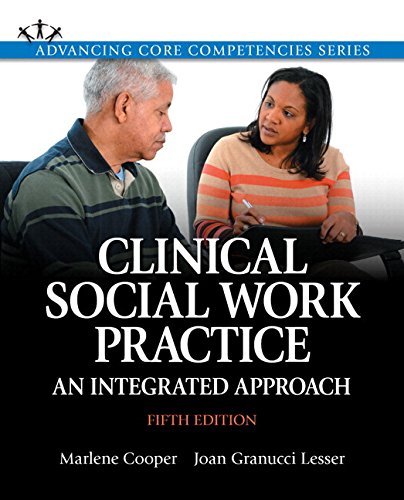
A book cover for Clinical Social Work Practice: An Integrated Approach, Enhanced Pearson eText -- Access Card; Marlene Cooper; Medical Books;